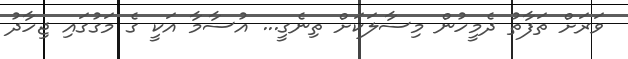
ވަރަށް ތަފާތު ދެމީހުން މިސާލަކަށް ތިނެގީ... އުސާމާ އަކީ ގެ މަގުގައި ޖިހާދު